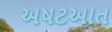
અષટઆત